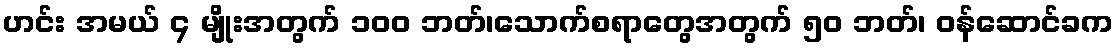
ဟင်း အမယ် ၄ မျိုးအတွက် ၁၀၀ ဘတ်၊သောက်စရာတွေအတွက် ၅၀ ဘတ်၊ ဝန်ဆောင်ခက